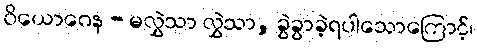
ဝိယောဂေန - မလွှဲသာ လွှဲသာ, ခွဲခွာခဲ့ရပါသောကြောင့်၊